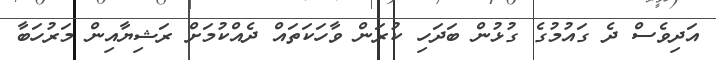
އަދިވެސް ދެ ގައުމުގެ ގުޅުން ބަދަހި ކުރަން ވާހަކަތައް ދެއްކުމަށް ރަޝިޔާއިން މަރުހަބާ